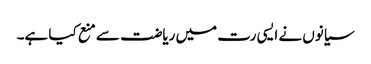
سیانوں نے ایسی رت میں ریاضت سے منع کیا ہے۔